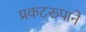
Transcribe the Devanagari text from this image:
प्रकटरूपाने